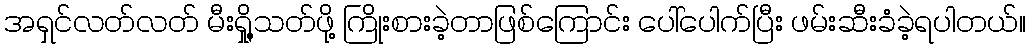
အရှင်လတ်လတ် မီးရှို့သတ်ဖို့ ကြိုးစားခဲ့တာဖြစ်ကြောင်း ပေါ်ပေါက်ပြီး ဖမ်းဆီးခံခဲ့ရပါတယ်။